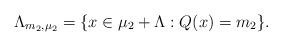
LaTeX: \begin{align*}\Lambda_{m_2,\mu_2} = \{x\in {\mu_2}+\Lambda : Q(x)=m_2\}.\end{align*}